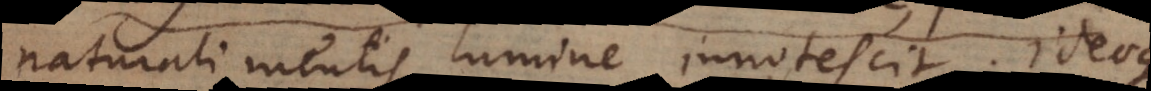
naturali mentis lumine innotescit. Ideoqu